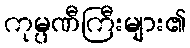
ကုမ္ပဏီကြီးများ၏